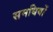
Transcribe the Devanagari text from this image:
समधियों